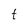
Character: t